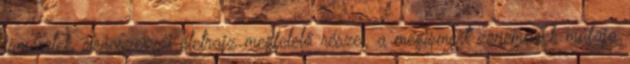
ismeretek, zeneszerzői életrajz megfelelő részei, a megismert zeneművek műfaja